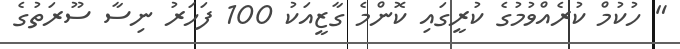
" ހުކުމް ކުރެއްވުމުގެ ކުރީގައި ކޮންމެ ގާޒީއަކު 100 ފަހަރު ނިސާ ސޫރަތުގެ